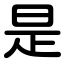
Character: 是